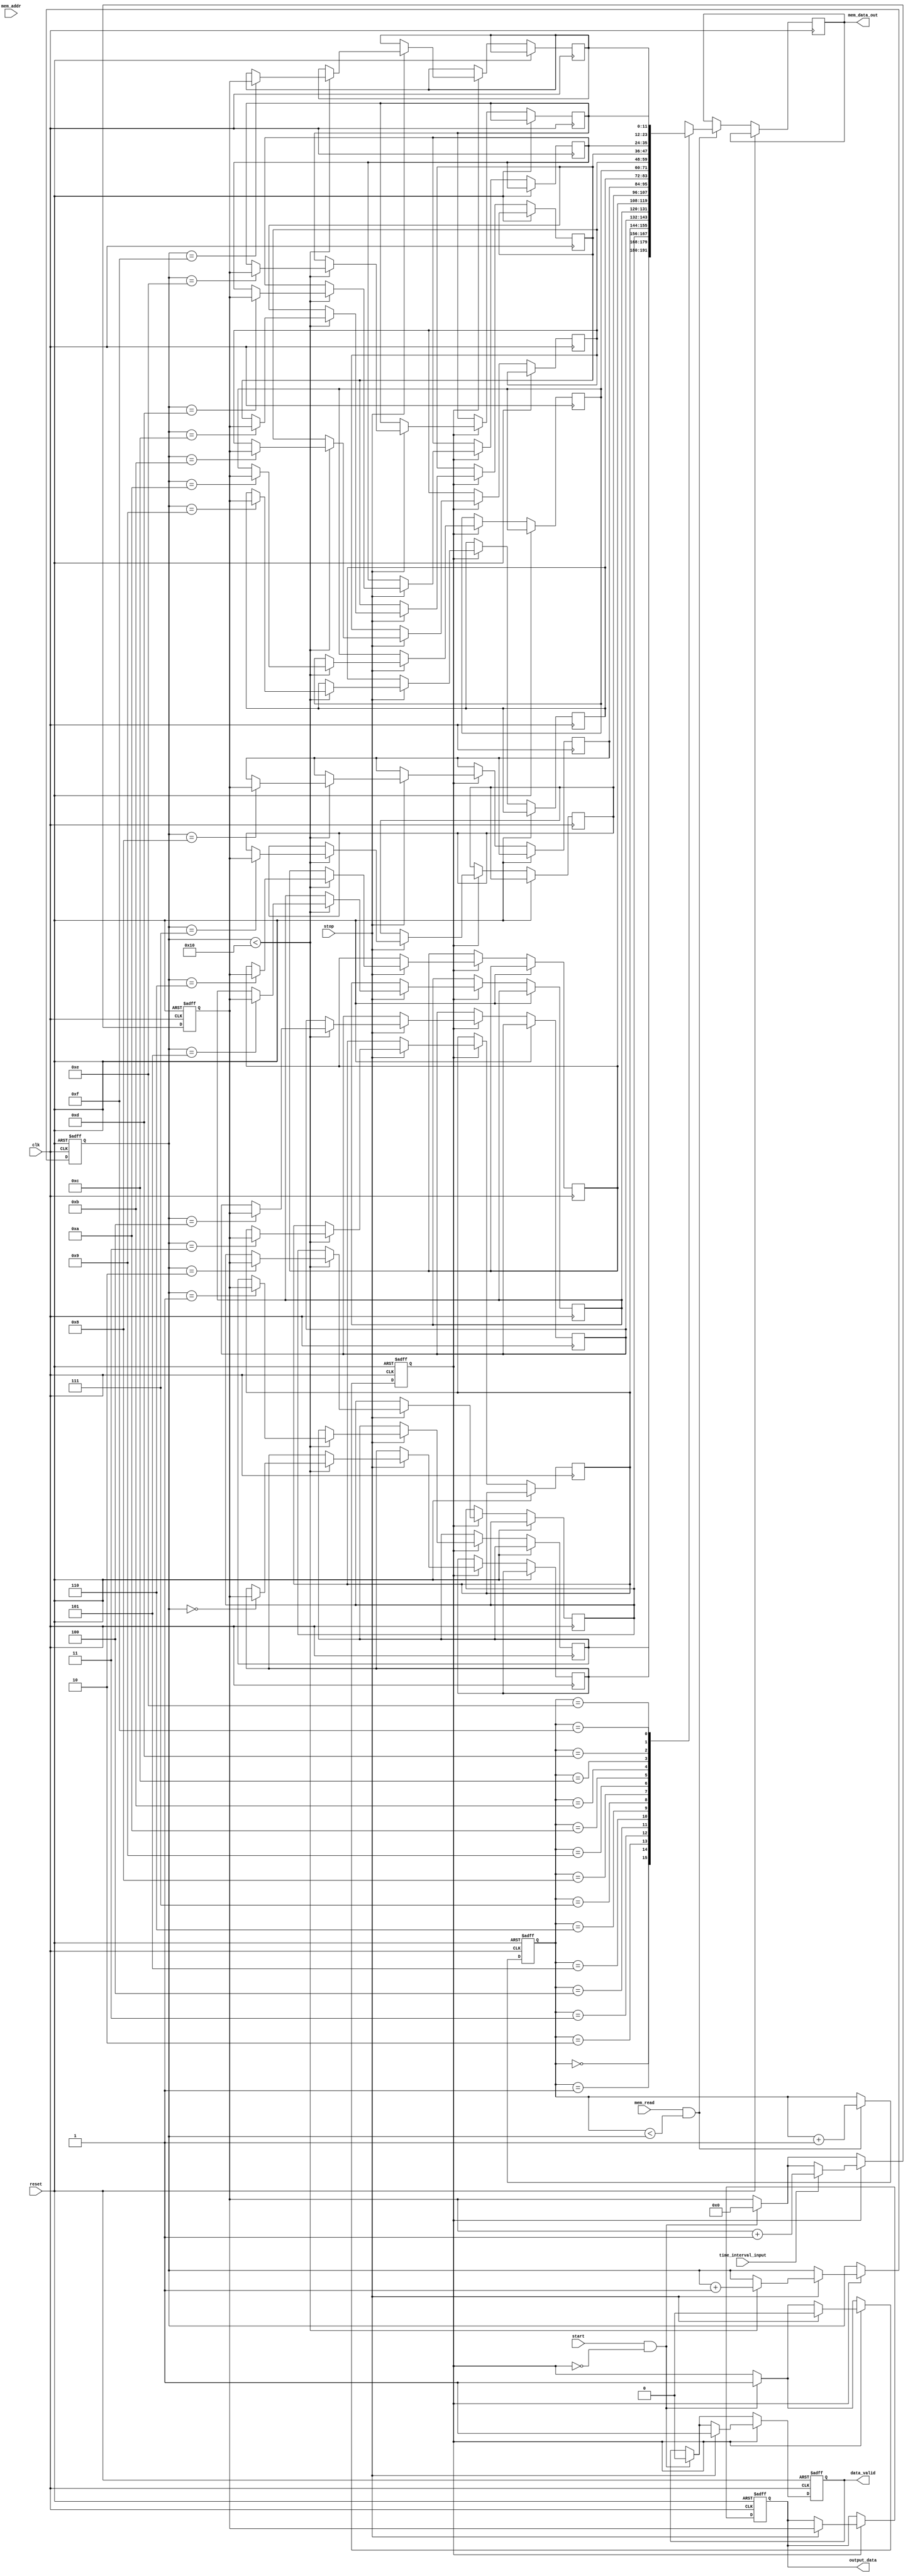
module Hybrid_TDC (
    input wire clk,                // System clock
    input wire reset,              // Reset signal
    input wire start,              // Start measurement signal
    input wire stop,               // Stop measurement signal
    input wire time_interval_input, // Input time interval (pulse signal)
    
    output reg [11:0] output_data, // Digital output representation of time interval (for illustration)
    output reg data_valid,          // Flag indicating valid data
    input wire [3:0] mem_addr,      // Address for memory operations
    input wire mem_read,            // Memory read signal
    output reg [11:0] mem_data_out   // Output data from memory
);

// Parameters
parameter MAX_FIFO_DEPTH = 16;
parameter TIME_INTERVAL_WIDTH = 12;

// Internal Signals
reg [TIME_INTERVAL_WIDTH-1:0] time_counter; // Digital counter for coarse measurement
reg [TIME_INTERVAL_WIDTH-1:0] analog_measurement; // Analog measurement (stubbed)
reg [3:0] fifo_write_ptr, fifo_read_ptr;    // Pointers for FIFO
reg [TIME_INTERVAL_WIDTH-1:0] fifo_mem [0:MAX_FIFO_DEPTH-1]; // FIFO memory

// State control for measurement
reg measuring;

// State Machine for control
always @(posedge clk or posedge reset) begin
    if (reset) begin
        measuring <= 0;
        time_counter <= 0;
        data_valid <= 0;
        fifo_write_ptr <= 0;
        fifo_read_ptr <= 0;
        output_data <= 0;
    end else begin
        if (start && !measuring) begin
            measuring <= 1;
            time_counter <= 0;  // Reset counter
            data_valid <= 0;    // Start the measurement
        end

        // Time Measurement Logic
        if (measuring) begin
            if (time_interval_input) begin
                // Increment counter for each clock cycle while interval is high
                time_counter <= time_counter + 1;
            end
            if (stop) begin
                measuring <= 0;
                // Store the measured time
                if (fifo_write_ptr < MAX_FIFO_DEPTH) begin
                    fifo_mem[fifo_write_ptr] <= time_counter; // Store to FIFO
                    fifo_write_ptr <= fifo_write_ptr + 1;
                end
                // Assign output data
                output_data <= time_counter; // Output the measured time
                data_valid <= 1; // Signal that valid data is ready
            end
        end

        // FIFO Read Logic
        if (mem_read && (fifo_read_ptr < fifo_write_ptr)) begin
            mem_data_out <= fifo_mem[fifo_read_ptr]; // Read from FIFO
            fifo_read_ptr <= fifo_read_ptr + 1;       // Increment read pointer
        end
    end
end

endmodule